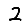
Digit: 2